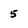
Character: 5